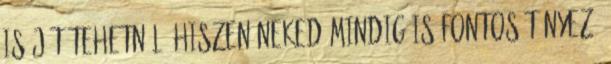
is jót tehetnél, hiszen neked mindig is fontos tényező